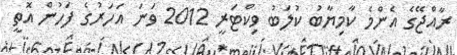
ރާއްޖޭގެ އެންމެ ކާމިޔާބު ކުލަބު ވިކްޓަރީ 2012 ވަނަ އަހަރުގެ ފަހުން އޮތީ